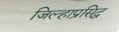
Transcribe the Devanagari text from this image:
जिल्हाप्रसिद्ध